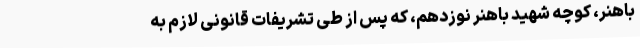
باهنر، کوچه شهید باهنر نوزدهم، که پس از طی تشریفات قانونی لازم به